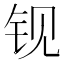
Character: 𰽢